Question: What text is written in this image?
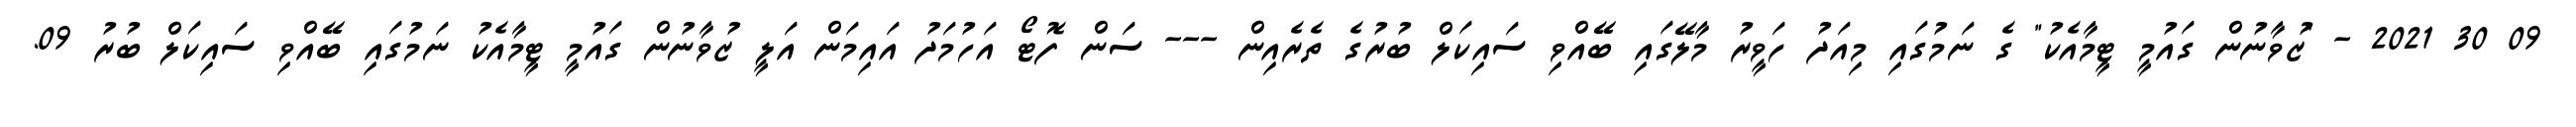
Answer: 09 30 2021 - "ޒުވާނުން ގައުމީ ޓީމާއެކު" ގެ ނަމުގައި މިއަދު ހަވީރު މާލޭގައި ބޭއްވި ސައިކަލް ބުރުގެ ތެރެއިން --- ސަން ފޮޓޯ އަހުމަދު އައިމަން އަލީ ޒުވާނުން ގައުމީ ޓީމާއެކު ނަމުގައި ބޭއްވި ސައިކަލް ބުރު 09.